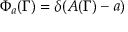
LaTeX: \Phi _ { a } ( \Gamma ) = \delta ( A ( \Gamma ) - a )